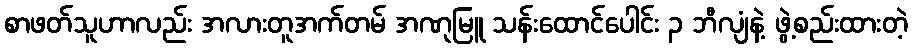
စာဖတ်သူဟာလည်း အလားတူအက်တမ် အဏုမြူ သန်းထောင်ပေါင်း ၃ ဘီလျံနဲ့ ဖွဲ့စည်းထားတဲ့